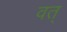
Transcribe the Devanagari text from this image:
वत्